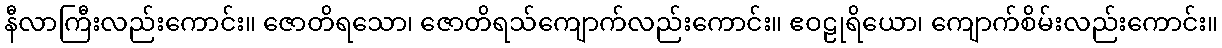
နီလာကြီးလည်းကောင်း။ ဇောတိရသော၊ ဇောတိရသ်ကျောက်လည်းကောင်း။ ဧဝဠုရိယော၊ ကျောက်စိမ်းလည်းကောင်း။